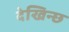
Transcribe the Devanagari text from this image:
देखिन्छ